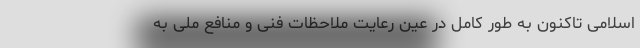
اسلامی تاکنون به طور کامل در عین رعایت ملاحظات فنی و منافع ملی به